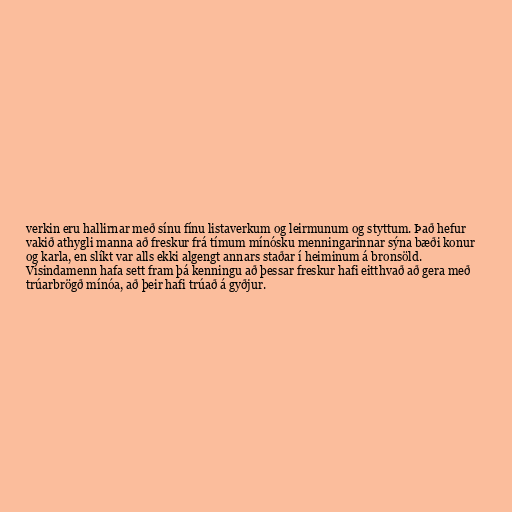
verkin eru hallirnar með sínu fínu listaverkum og leirmunum og styttum. Það hefur
vakið athygli manna að freskur frá tímum mínósku menningarinnar sýna bæði konur
og karla, en slíkt var alls ekki algengt annars staðar í heiminum á bronsöld.
Vísindamenn hafa sett fram þá kenningu að þessar freskur hafi eitthvað að gera með
trúarbrögð mínóa, að þeir hafi trúað á gyðjur.